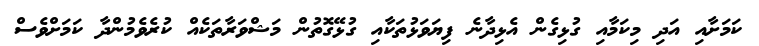
ކަމަށާއި އަދި މިކަމާއި ގުޅިގެން އެޅިދާނެ ފިޔަވަޅުތަކާއި ގުޅޭގޮތުން މަޝްވަރާތަކެއް ކުރެވެމުންދާ ކަމަށްވެސް